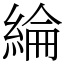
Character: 綸